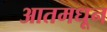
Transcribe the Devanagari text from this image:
आतमधून